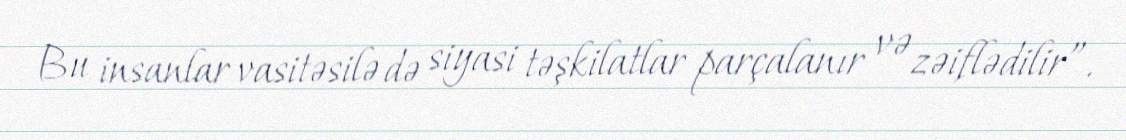
Bu insanlar vasitəsilə də siyasi təşkilatlar parçalanır və zəiflədilir”.